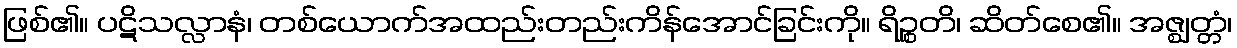
ဖြစ်၏။ ပဋိသလ္လာနံ၊ တစ်ယောက်အထည်းတည်းကိန်အောင်ခြင်းကို။ ရိဉ္စတိ၊ ဆိတ်စေ၏။ အဇ္ဈတ္တံ၊